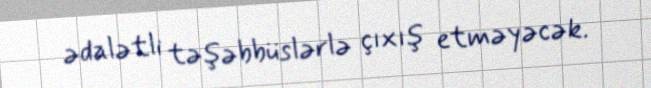
ədalətli təşəbbüslərlə çıxış etməyəcək.